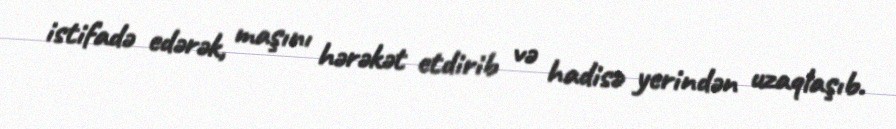
istifadə edərək, maşını hərəkət etdirib və hadisə yerindən uzaqlaşıb.